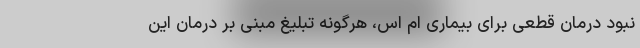
نبود درمان قطعی برای بیماری ام اس، هرگونه تبلیغ مبنی بر درمان این